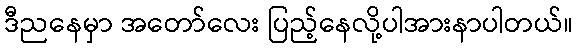
ဒီညနေမှာ အတော်လေး ပြည့်နေလို့ပါအားနာပါတယ်။